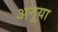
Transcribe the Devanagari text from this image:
अनूया